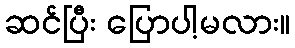
ဆင်ပြီး ပြောပါ့မလား။